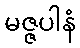
မဇ္ဇပါနံ